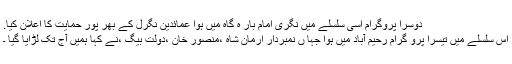
دوسرا پروگرام اسی سلسلے میں نگری امام بار ہ گاہ میں ہوا عمائدین نگرل کے بھر پور حمایت کا اعلان کیا.
اس سلسلے میں تیسرا پرو گرام رحیم آباد میں ہوا جہا ں نمبردار ارمان شاہ ،منصور خان ،دولت بیگ ،نے کہا ہمیں آج تک لڑایا گیا ۔